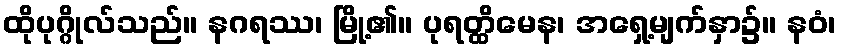
ထိုပုဂ္ဂိုလ်သည်။ နဂရဿ၊ မြို့၏။ ပုရတ္ထိမေန၊ အရှေ့မျက်နှာ၌။ နဝံ၊